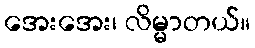
အေးအေး၊ လိမ္မာတယ်။